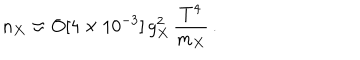
n _ { X } \approx O [ 4 \times 1 0 ^ { - 3 } ] \, g _ { X } ^ { 2 } \, \frac { T ^ { 4 } } { m _ { X } } \, .